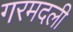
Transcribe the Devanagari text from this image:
गरमदली